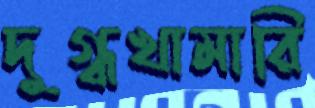
দুগ্ধখামারি